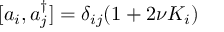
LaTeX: [ a _ { i } , a _ { j } ^ { \dagger } ] = \delta _ { i j } ( 1 + 2 \nu K _ { i } )